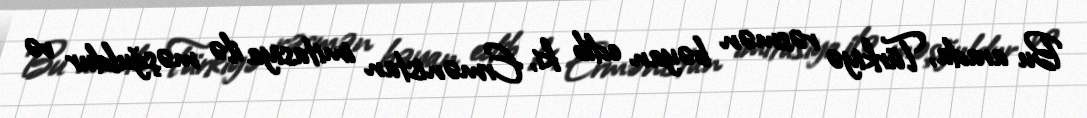
Bu arada, Türkiyə rəsmən bəyan edib ki, Ermənistan imitasiya ilə məşğuldur və